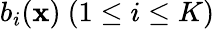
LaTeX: b_{i}(\mathbf{x})\ (1\leq i\leq K)